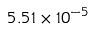
5 . 5 1 \times 1 0 ^ { - 5 }